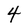
Character: 4